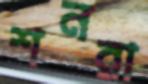
শনরা